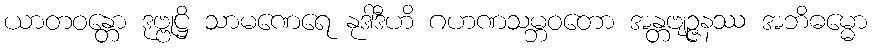
ယာတဝန္တော ဒုဗ္ဗုဋ္ဌိ သာမဏေရေ နုဒါဒီဟိ ဂဟဏသမ္ဘဝတော အန္တဗျဉ္ဇနဿ အဘိဓမ္မော